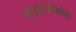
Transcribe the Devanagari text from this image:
पाइरोगैलोल